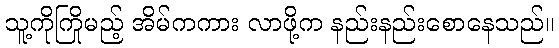
သူ့ကိုကြိုမည့် အိမ်ကကား လာဖို့က နည်းနည်းစောနေသည်။